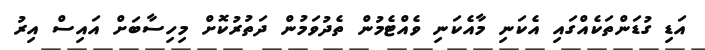
އަޑި ގުޑަންތަކެއްގައި އެކަނި މާއެކަނި ވެއްޓެމުން ތެދުވަމުން ދަތުރުކޮށް މިހިސާބަށް އައިސް އިރު